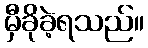
မှီခိုခဲ့ရသည်။